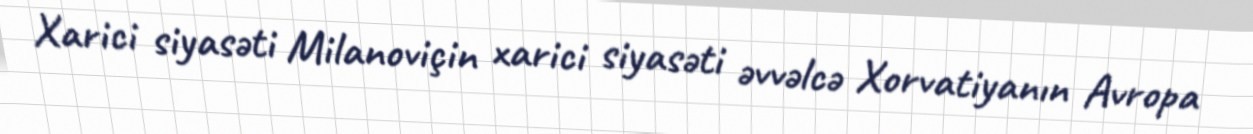
Xarici siyasəti Milanoviçin xarici siyasəti əvvəlcə Xorvatiyanın Avropa